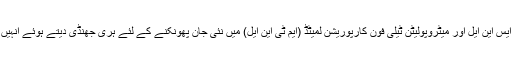
گزشتہ ماہ مرکزی حکومت نے بدحالی کا شکار بن چکی پی ایس یو کمپنی بی ایس این ایل اور میٹروپولیٹن ٹیلی فون کارپوریشن لمیٹڈ (ایم ٹی این ایل) میں نئی جان پھونکنے کے لئے ہری جھنڈی دیتے ہوئے انہیں سورین بانڈ کے ذریعے 1,500 کروڑ روپے جمع کرنے کی اجازت دے دی۔